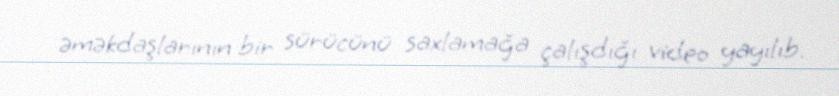
əməkdaşlarının bir sürücünü saxlamağa çalışdığı video yayılıb.